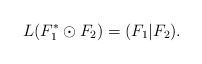
\begin{align*}L(F_1^{*}\odot F_2)=(F_1|F_2). \end{align*}